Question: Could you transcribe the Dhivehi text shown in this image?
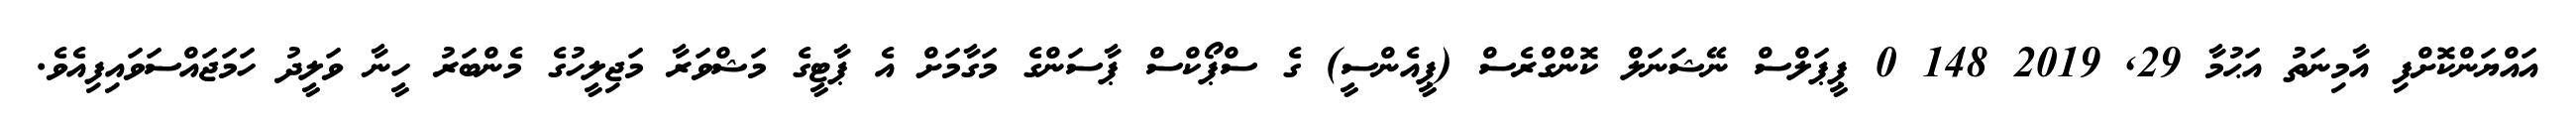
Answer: އައްޔަންކޮށްފި އާމިނަތު އަޙުމާ 29, 2019 148 0 ޕީޕަލްސް ނޭޝަނަލް ކޮންގްރެސް (ޕީއެންސީ) ގެ ސްޕޯކްސް ޕާސަންގެ މަގާމަށް އެ ޕާޓީގެ މަޝްވަރާ މަޖިލީހުގެ މެންބަރު ހީނާ ވަލީދު ހަމަޖައްސަވައިފިއެވެ.